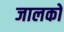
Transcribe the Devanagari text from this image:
जालकों